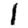
Digit: 1